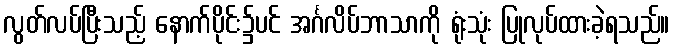
လွတ်လပ်ပြီးသည့် နောက်ပိုင်း၌ပင် အင်္ဂလိပ်ဘာသာကို ရုံးသုံး ပြုလုပ်ထားခဲ့ရသည်။